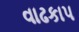
વાઢકાપ